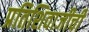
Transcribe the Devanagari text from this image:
प्रतिशिवाजीची